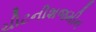
ચીટનીશજમીન